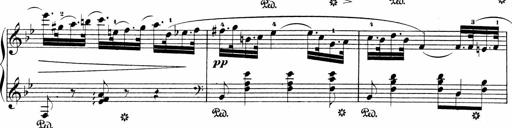
Title: Sonatinas
Composer: Andrew Violette